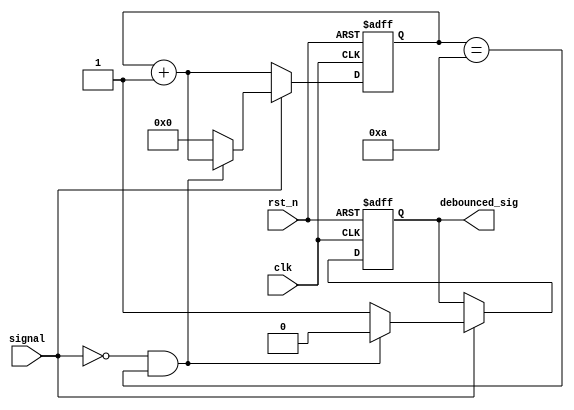
module debounce(
input clk,
input rst_n, 
input signal,
output debounced_sig
);

parameter DELAY = 20'hf4240,
	  DELAY_SIM = 20'd10;

reg [19:0] counter;
reg temp;
reg debounced;


always@(posedge clk or negedge rst_n) begin
 	
if(!rst_n) begin
  counter <= 20'h0;
  debounced <= 1'b1;
end else begin
	
	if(!signal)
		counter <= counter + 20'h1;
	else if(!signal && (counter == DELAY_SIM) ) begin
		counter <= counter + 20'h1;	
		debounced <= 1'b0;
	end else begin 
		counter <= 20'h0;	
		debounced <= 1'b1;
	end
end

end

assign debounced_sig = debounced;

endmodule